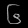
Digit: ၆